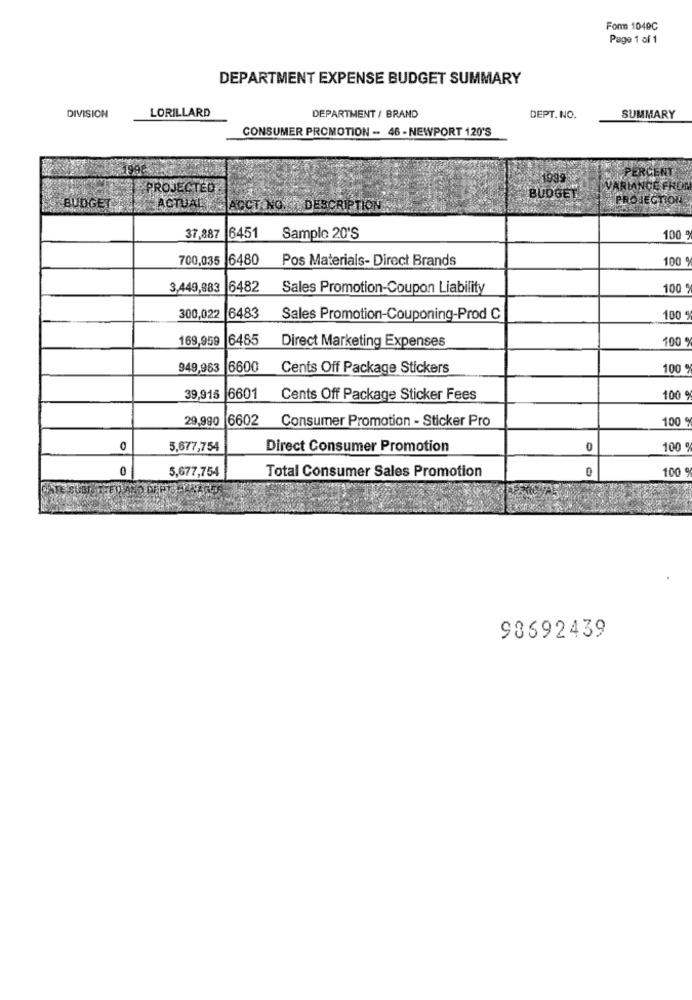
Form 1049C
Page 1 of 1
DEPARTMENT EXPENSE BUDGET SUMMARY
LORILLARD
DIVISION
DEPARTMENT / BRAND
DEPT. NO.
SUMMARY
CONSUMER PROMOTION - 46 - NEWPORT 120'S
1099
ERCENT
PROJECTED
ANCE FROM
BUDGET
PROJECTION
BUDGET
ACTUALY ACCT NO. DESCRIPTION
37,887 6451
Sample 20'S
100
700,035
6480
Pos Materials- Direct Brands
100 º
3,449,883 6482
Sales Promotion-Coupon Liability
100
300,022
6483
Sales Promotion-Couponing-Prod C
100
169,959 6485
Direct Marketing Expenses
100
949,963 6600
Cents Off Package Stickers
100 9
39,915 6601
Cents Off Package Sticker Fees
100
29,990 6602
Consumer Promotion - Sticker Pro
100
5,677,754
Direct Consumer Promotion
0
100 g
0
5,677,754
Total Consumer Sales Promotion
100
98692439